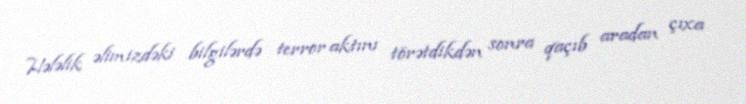
Hələlik əlimizdəki bilgilərdə terror aktını törətdikdən sonra qaçıb aradan çıxa